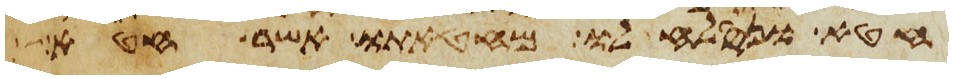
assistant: חטא ונסלח לו מחטאתו אשר חטא